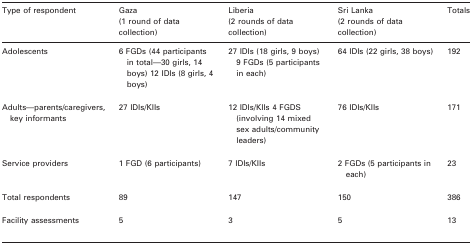
<table><thead><tr><td rowspan="2"><b>Type of respondent</b></td><td><b>Gaza</b></td><td><b>Liberia</b></td><td><b>Sri Lanka</b></td><td rowspan="2"><b>Totals</b></td></tr><tr><td><b>(1 round of data collection)</b></td><td><b>(2 rounds of data collection)</b></td><td><b>(2 rounds of data collection)</b></td></tr></thead><tbody><tr><td>Adolescents</td><td>6 FGDs (44 participants in total—30 girls, 14 boys) 12 IDIs (8 girls, 4 boys)</td><td>27 IDIs (18 girls, 9 boys) 9 FGDs (5 participants in each)</td><td>64 IDIs (22 girls, 38 boys)</td><td>192</td></tr><tr><td>Adults—parents/caregivers, key informants</td><td>27 IDIs/KIIs</td><td>12 IDIs/KIIs 4 FGDS (involving 14 mixed sex adults/community leaders)</td><td>76 IDIs/KIIs</td><td>171</td></tr><tr><td>Service providers</td><td>1 FGD (6 participants)</td><td>7 IDIs/KIIs</td><td>2 FGDs (5 participants in each)</td><td>23</td></tr><tr><td>Total respondents</td><td>89</td><td>147</td><td>150</td><td>386</td></tr><tr><td>Facility assessments</td><td>5</td><td>3</td><td>5</td><td>13</td></tr></tbody></table>